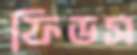
ফিডস